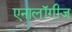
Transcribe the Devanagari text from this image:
एनालॉगीज